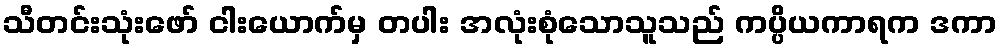
သီတင်းသုံးဖော် ငါးယောက်မှ တပါး အလုံးစုံသောသူသည် ကပ္ပိယကာရက ဒကာ